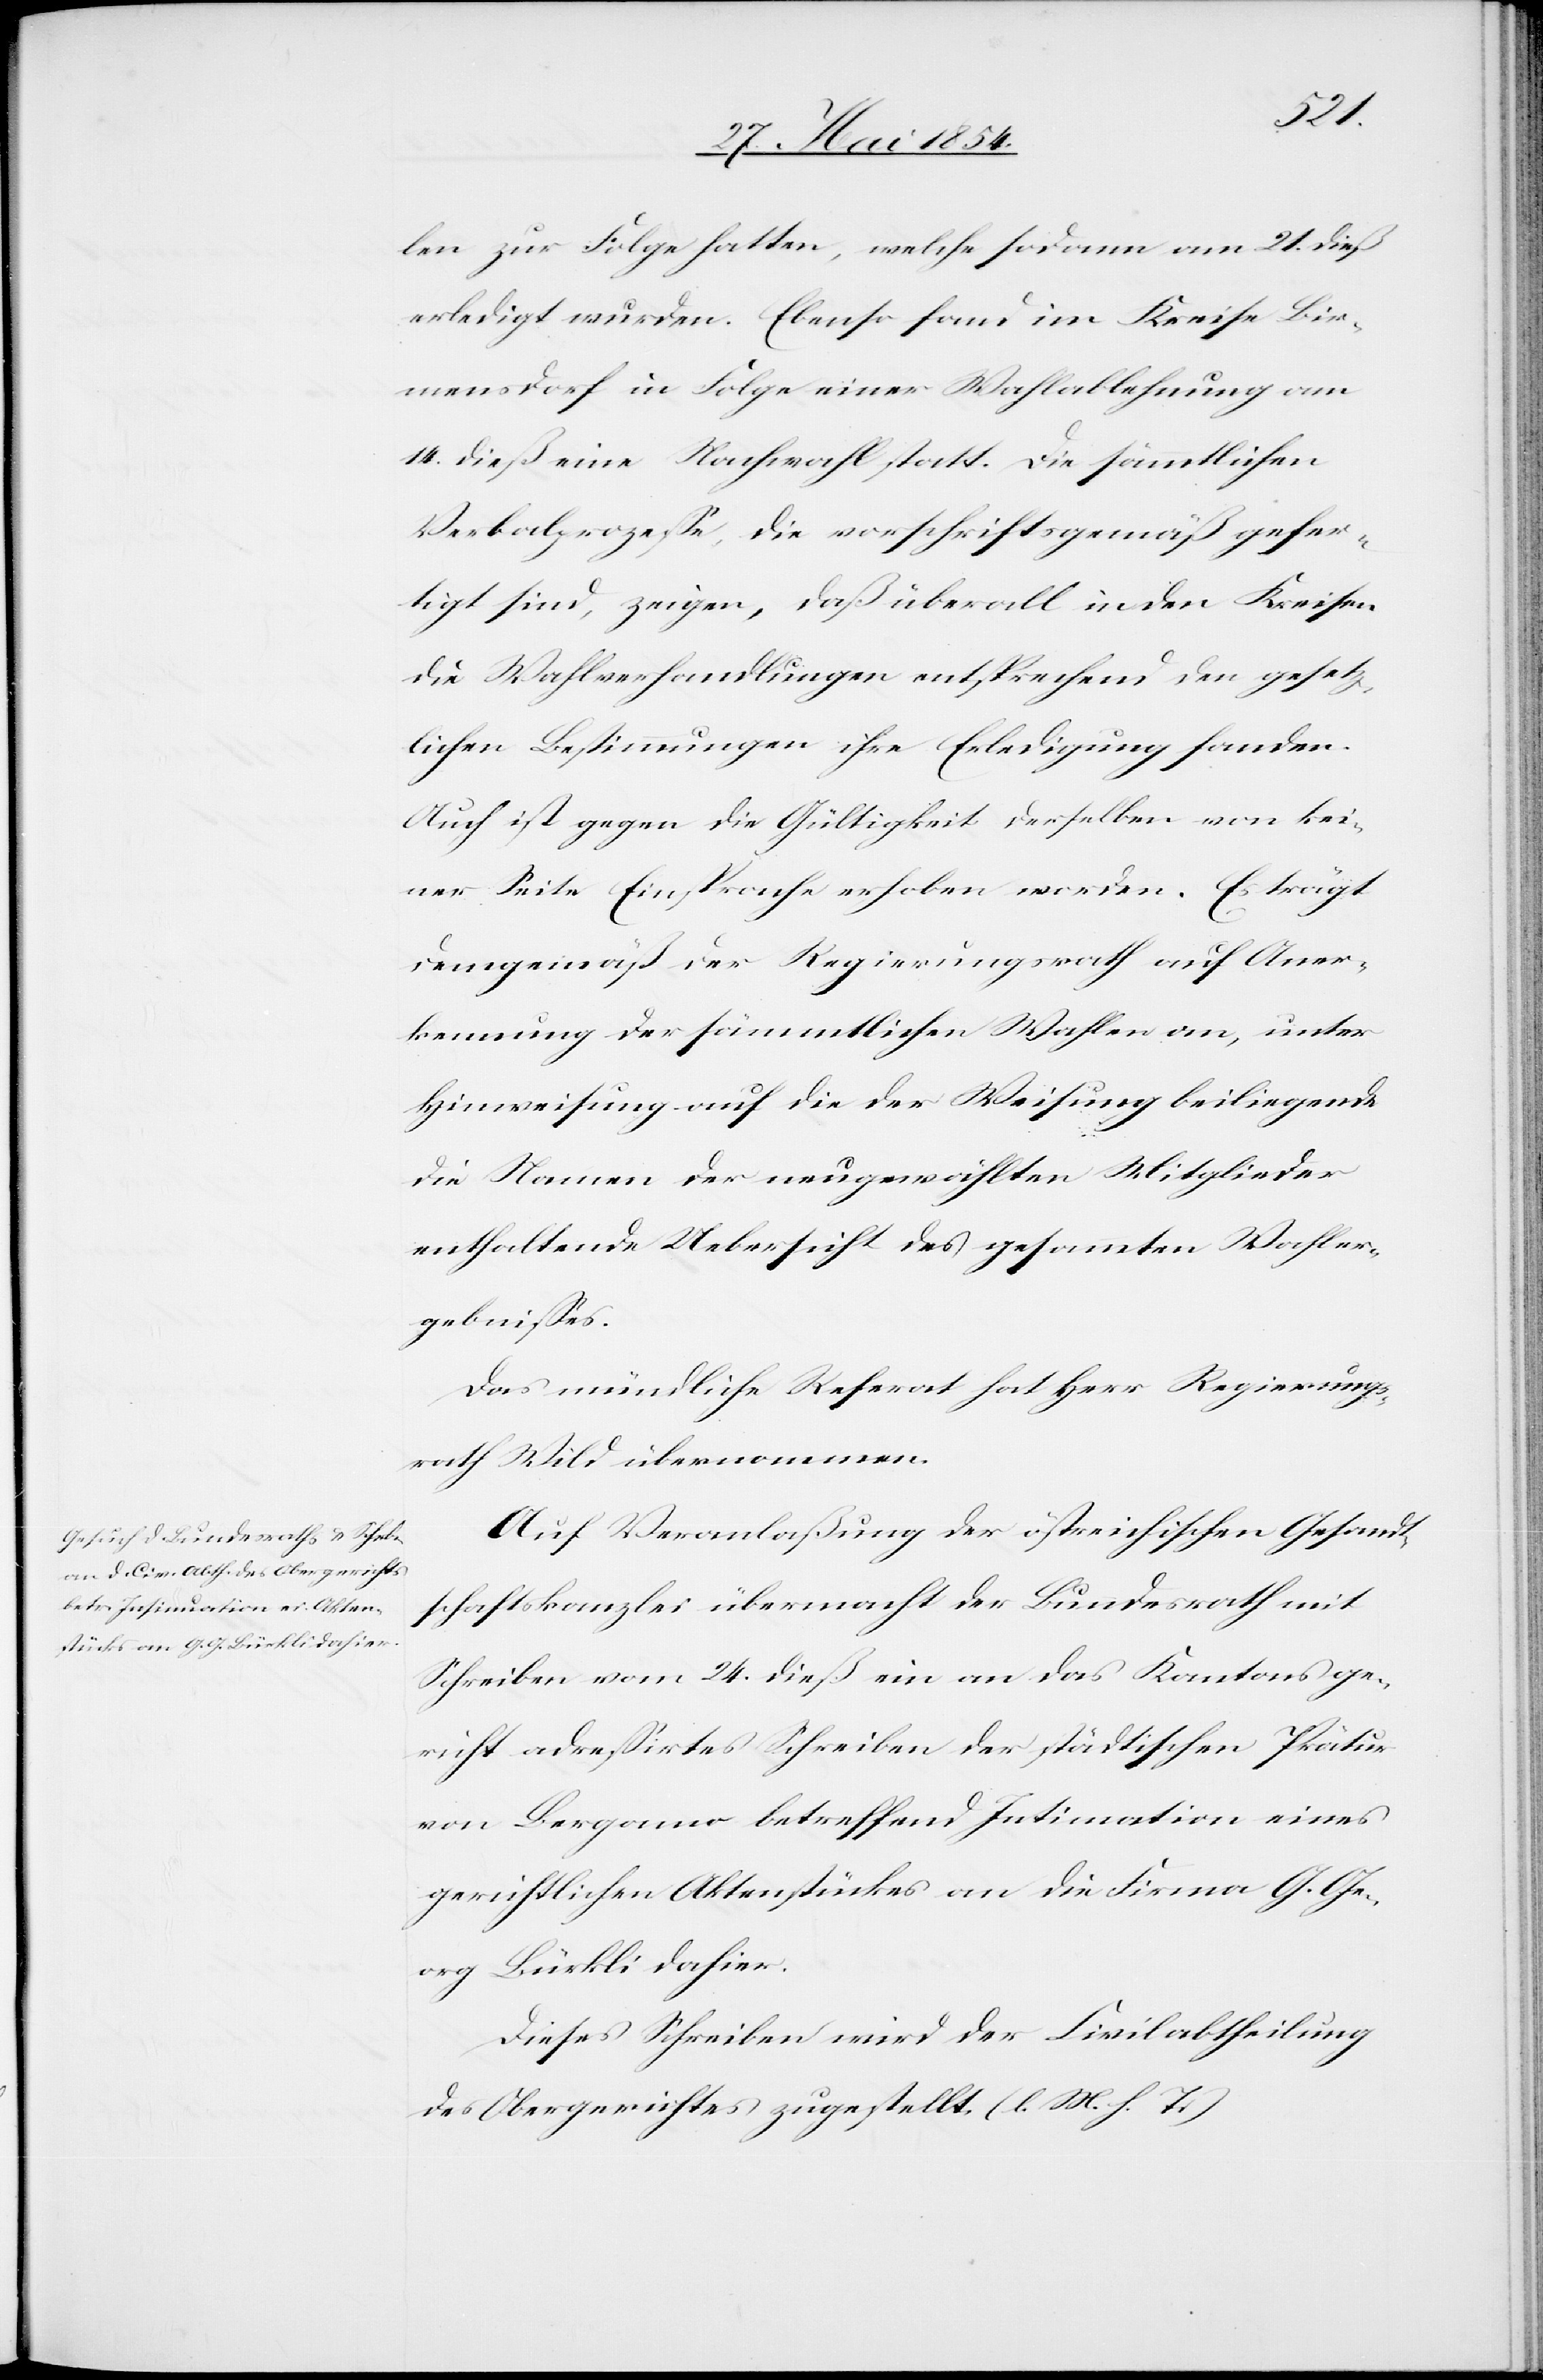
len zur Folge hatten, welche sodann am 21. dieß
erledigt wurden. Ebenso fand im Kreise Bir¬
mensdorf in Folge einer Wahlablehnung am
14. dieß eine Nachwahl statt. Die sämmtlichen
Verbalprozeße, die vorschriftsgemäß gefer¬
tigt sind, zeigen, daß überall in den Kreisen
die Wahlverhandlungen entsprechend den gesetz¬
lichen Bestimmungen ihre Erledigung fanden.
Auch ist gegen die Gültigkeit derselben von kei¬
ner Seite Einsprache erhoben worden. Es trägt
demgemäß der Regierungsrath auf Aner¬
kennung der sämmtlichen Wahlen an, unter
Hinweisung auf die der Weisung beiliegende
die Namen der neugewählten Mitglieder
enthaltende Uebersicht des gesammten Wahler¬
gebnißes.
Das mündliche Referat hat Herr Regierungs¬
rath Wild übernommen.
Auf Veranlaßung der östreichischen Gesandt¬
schaftskanzlei übermacht der Bundesrath mit
Schreiben vom 24. dieß ein an das Kantonsge¬
richt adreßirtes Schreiben der städtischen Prätur
von Bergamo betreffend Insinuation eines
gerichtlichen Aktenstückes an die Firm G. Ge¬
org Bürkli dahier.
Dieses Schreiben wird der Civilabtheilung
des Obergerichtes zugestellt. (l. M. h. T.)